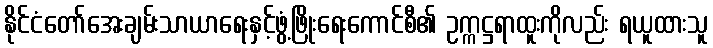
နိုင်ငံတော်အေးချမ်းသာယာရေးနှင့်ဖွံ့ဖြိုးရေးကောင်စီ၏ ဥက္ကဋ္ဌရာထူးကိုလည်း ရယူထားသူ